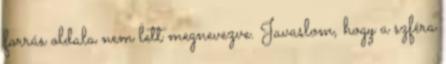
forrás oldala nem lett megnevezve. Javaslom, hogy a szféra